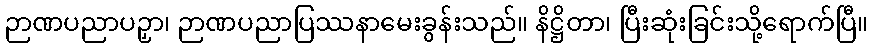
ဉာဏပညာပဉှာ၊ ဉာဏပညာပြဿနာမေးခွန်းသည်။ နိဋ္ဌိတာ၊ ပြီးဆုံးခြင်းသို့ရောက်ပြီ။